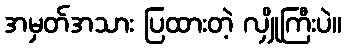
အမှတ်အသား ပြထားတဲ့ လျှိုကြီးပဲ။